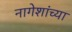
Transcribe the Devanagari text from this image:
नागेशांच्या